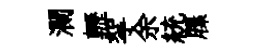
瀾轣挐余統屧